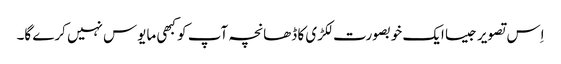
اِس تصویر جیسا ایک خوبصورت لکڑی کا ڈھانچہ آپ کو کبھی مایوس نہیں کرے گا۔